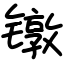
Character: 镦